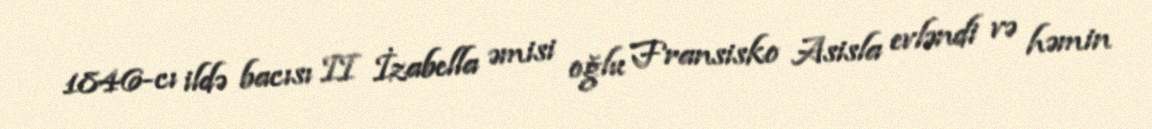
1846-cı ildə bacısı II İzabella əmisi oğlu Fransisko Asisla evləndi və həmin